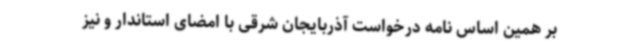
بر همین اساس نامه درخواست آذربایجان شرقی با امضای استاندار و نیز